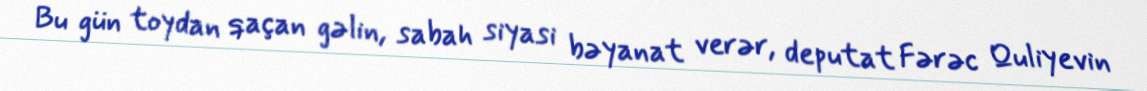
Bu gün toydan qaçan gəlin, sabah siyasi bəyanat verər, deputat Fərəc Quliyevin